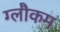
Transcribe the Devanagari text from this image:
ग्लौकम